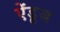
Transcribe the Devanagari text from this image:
ऐंडूज